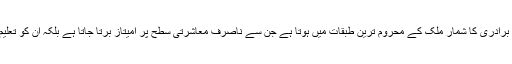
کمیٹی کے ارکان نے کہا کہ خواجہ سرا برادری کا شمار ملک کے محروم ترین طبقات میں ہوتا ہے جن سے ناصرف معاشرتی سطح پر امیتاز برتا جاتا ہے بلکہ ان کو تعلیم و روزگار کے مواقع بھی کم میسر ہیں۔